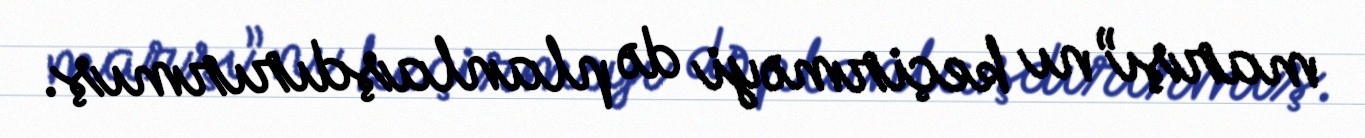
marşı”nı keçirməyi də planlaşdırırmış.